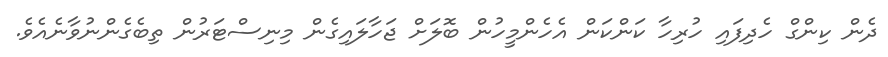
ދެން ކިންގް ހެދިފައި ހުރިހާ ކަންކަން އެހެންމީހުން ބޮލަށް ޖަހާލައިގެން މިނިސްޓަރުން ތިބެގެންނުވާނެއެވެ.